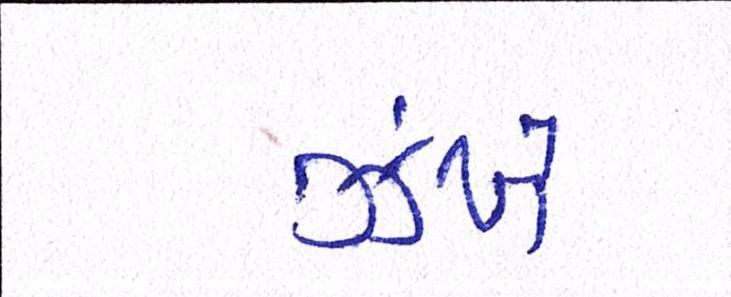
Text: ઝંખે